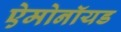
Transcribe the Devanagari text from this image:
ऐमोनॉयड